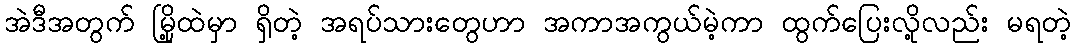
အဲဒီအတွက် မြို့ထဲမှာ ရှိတဲ့ အရပ်သားတွေဟာ အကာအကွယ်မဲ့ကာ ထွက်ပြေးလို့လည်း မရတဲ့